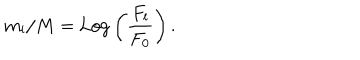
m _ { l } / M = \mathrm { L o g } \left( \frac { F _ { l } } { F _ { 0 } } \right) .